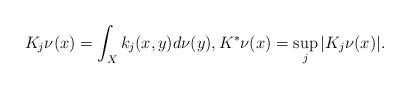
\begin{align*}K_{j}\nu(x)=\int_{X}k_j(x,y)d\nu(y), K^{*}\nu(x)=\sup_{j}\vert K_j\nu(x)\vert.\end{align*}